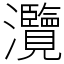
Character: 灠